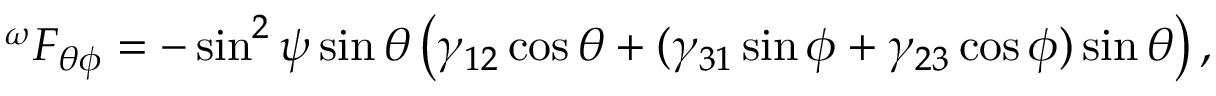
^ { \omega } F _ { \theta \phi } = - \sin ^ { 2 } \psi \sin \theta \left( \gamma _ { 1 2 } \cos \theta + ( \gamma _ { 3 1 } \sin \phi + \gamma _ { 2 3 } \cos \phi ) \sin \theta \right) ,